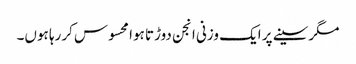
مگرسینے پر ایک وزنی انجن دوڑتا ہوا محسوس کررہا ہوں۔